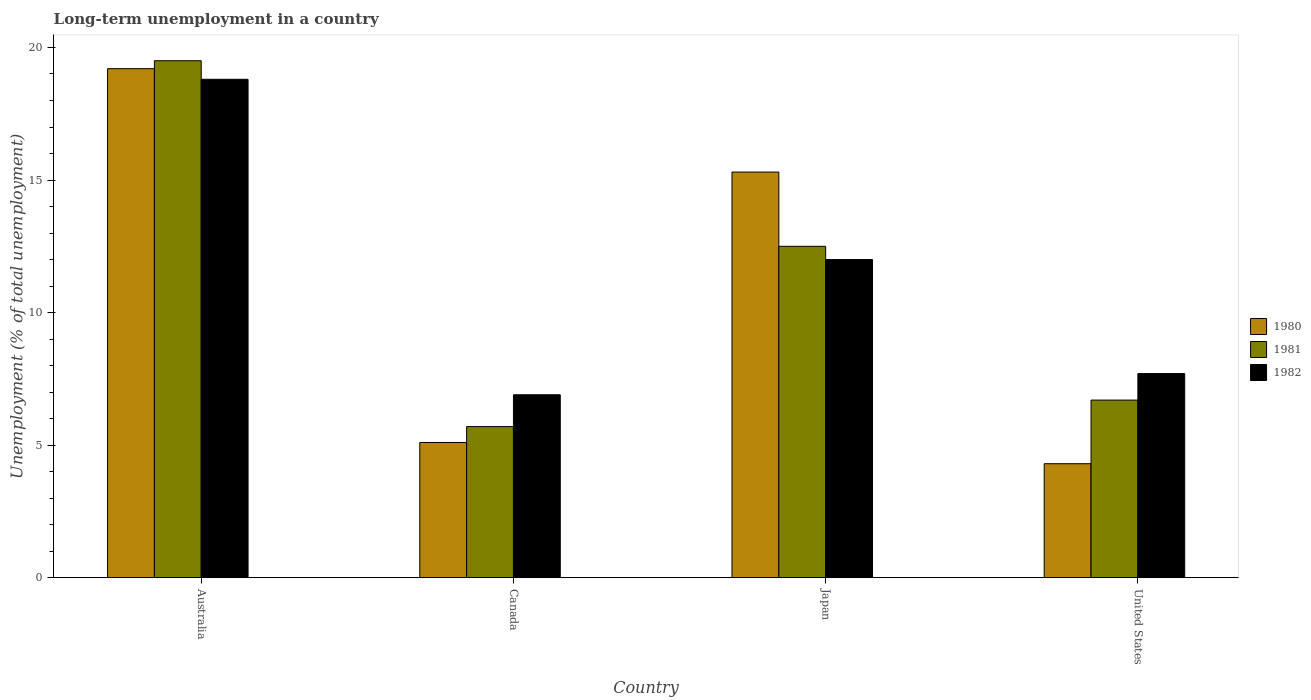
| Country | 1980 | 1981 | 1982 |
 | --- | --- | --- | --- |
 | Australia | 19.2 | 19.5 | 18.8 |
 | Canada | 5.1 | 5.7 | 6.9 |
 | Japan | 15.3 | 12.5 | 12 |
 | United States | 4.3 | 6.7 | 7.7 |